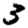
Digit: 3